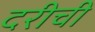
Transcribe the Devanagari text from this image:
दरीची